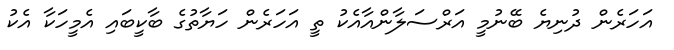
އަހަރެން ދުނިޔެ ބޭނުމީ އަރްސަލާންއާއެކު ތީ އަހަރެން ހަޔާތުގެ ބާކީބައި އެމީހަކާ އެކު